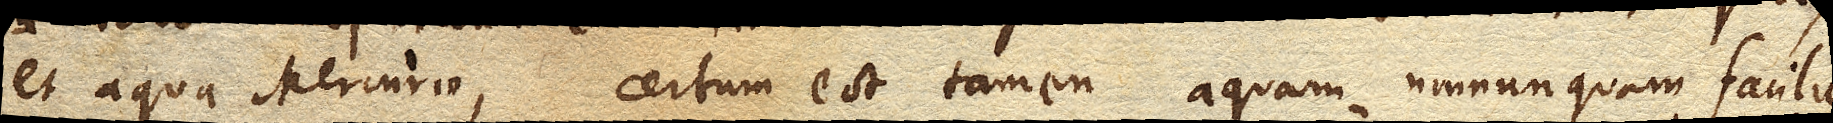
et aqua Mercurio, certum est tamen aquam nonnunquam facilius